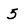
Character: 5